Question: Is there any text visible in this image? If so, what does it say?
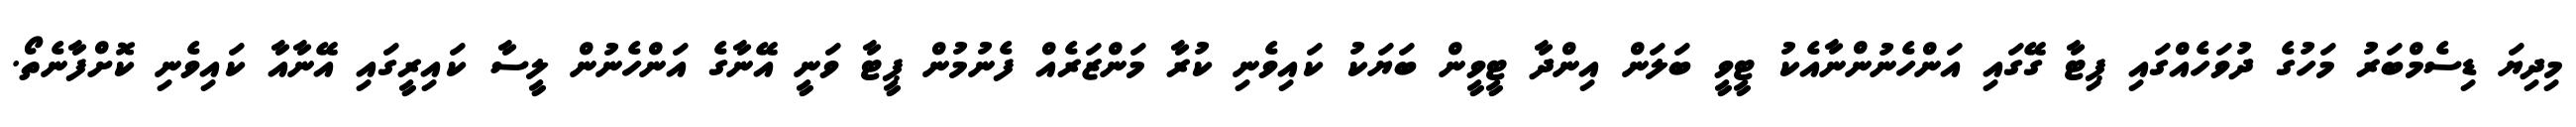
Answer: މިދިޔަ ޑިސެމްބަރު މަހުގެ ދުވަހެއްގައި ޕިޓާ ގޭގައި އަންހެނުންނާއެކު ޓީވީ ބަލަން އިންދާ ޓީވީން ބަޔަކު ކައިވެނި ކުރާ މަންޒަރެއް ފެނުމުން ޕީޓާ ވަނީ އޭނާގެ އަންހެނުން ލީސާ ކައިރީގައި އޭނާއާ ކައިވެނި ކޮށްފާނެތޯ.